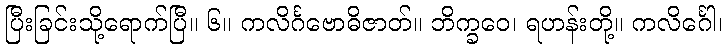
ပြီးခြင်းသို့ရောက်ပြီ။ ၆။ ကလိင်္ဂဗောဓိဇာတ်။ ဘိက္ခဝေ၊ ရဟန်းတို့။ ကလိင်္ဂေါ၊